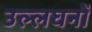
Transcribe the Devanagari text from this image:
उल्लघनों